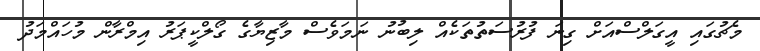
މެޗުގައި އީގަލްސްއަށް ގިނަ ފުރުސަތުތަކެއް ލިބުނު ނަމަވެސް މާޒިޔާގެ ގޯލްކީޕަރު އިމްރާން މުހައްމަދު